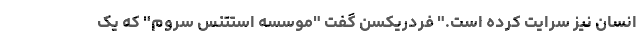
انسان نیز سرایت کرده است." فردریکسن گفت "موسسه استتنس سروم" که یک